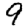
Digit: 9